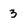
Character: 3